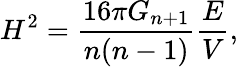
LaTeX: H^{2}=\frac{16\pi G_{n+1}}{n(n-1)}\frac{E}{V},